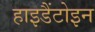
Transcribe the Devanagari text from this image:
हाइडैंटोइन